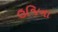
ઉજિના